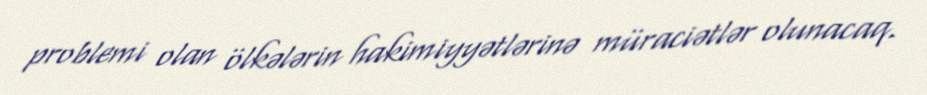
problemi olan ölkələrin hakimiyyətlərinə müraciətlər olunacaq.